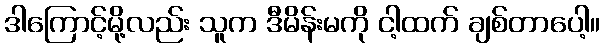
ဒါကြောင့်မို့လည်း သူက ဒီမိန်းမကို ငါ့ထက် ချစ်တာပေါ့။